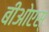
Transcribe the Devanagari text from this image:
बीओएस्